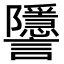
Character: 𧮐